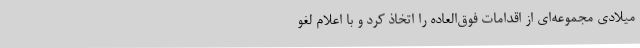
میلادی مجموعه‌ای از اقدامات فوق‌العاده را اتخاذ کرد و با اعلام لغو